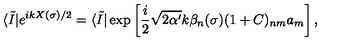
\langle \tilde { I } | e ^ { i k X ( \sigma ) / 2 } = \langle \tilde { I } | \exp \left[ { \frac { i } { 2 } } \sqrt { 2 \alpha ^ { \prime } } k \beta _ { n } ( \sigma ) ( 1 + C ) _ { n m } a _ { m } \right] ,